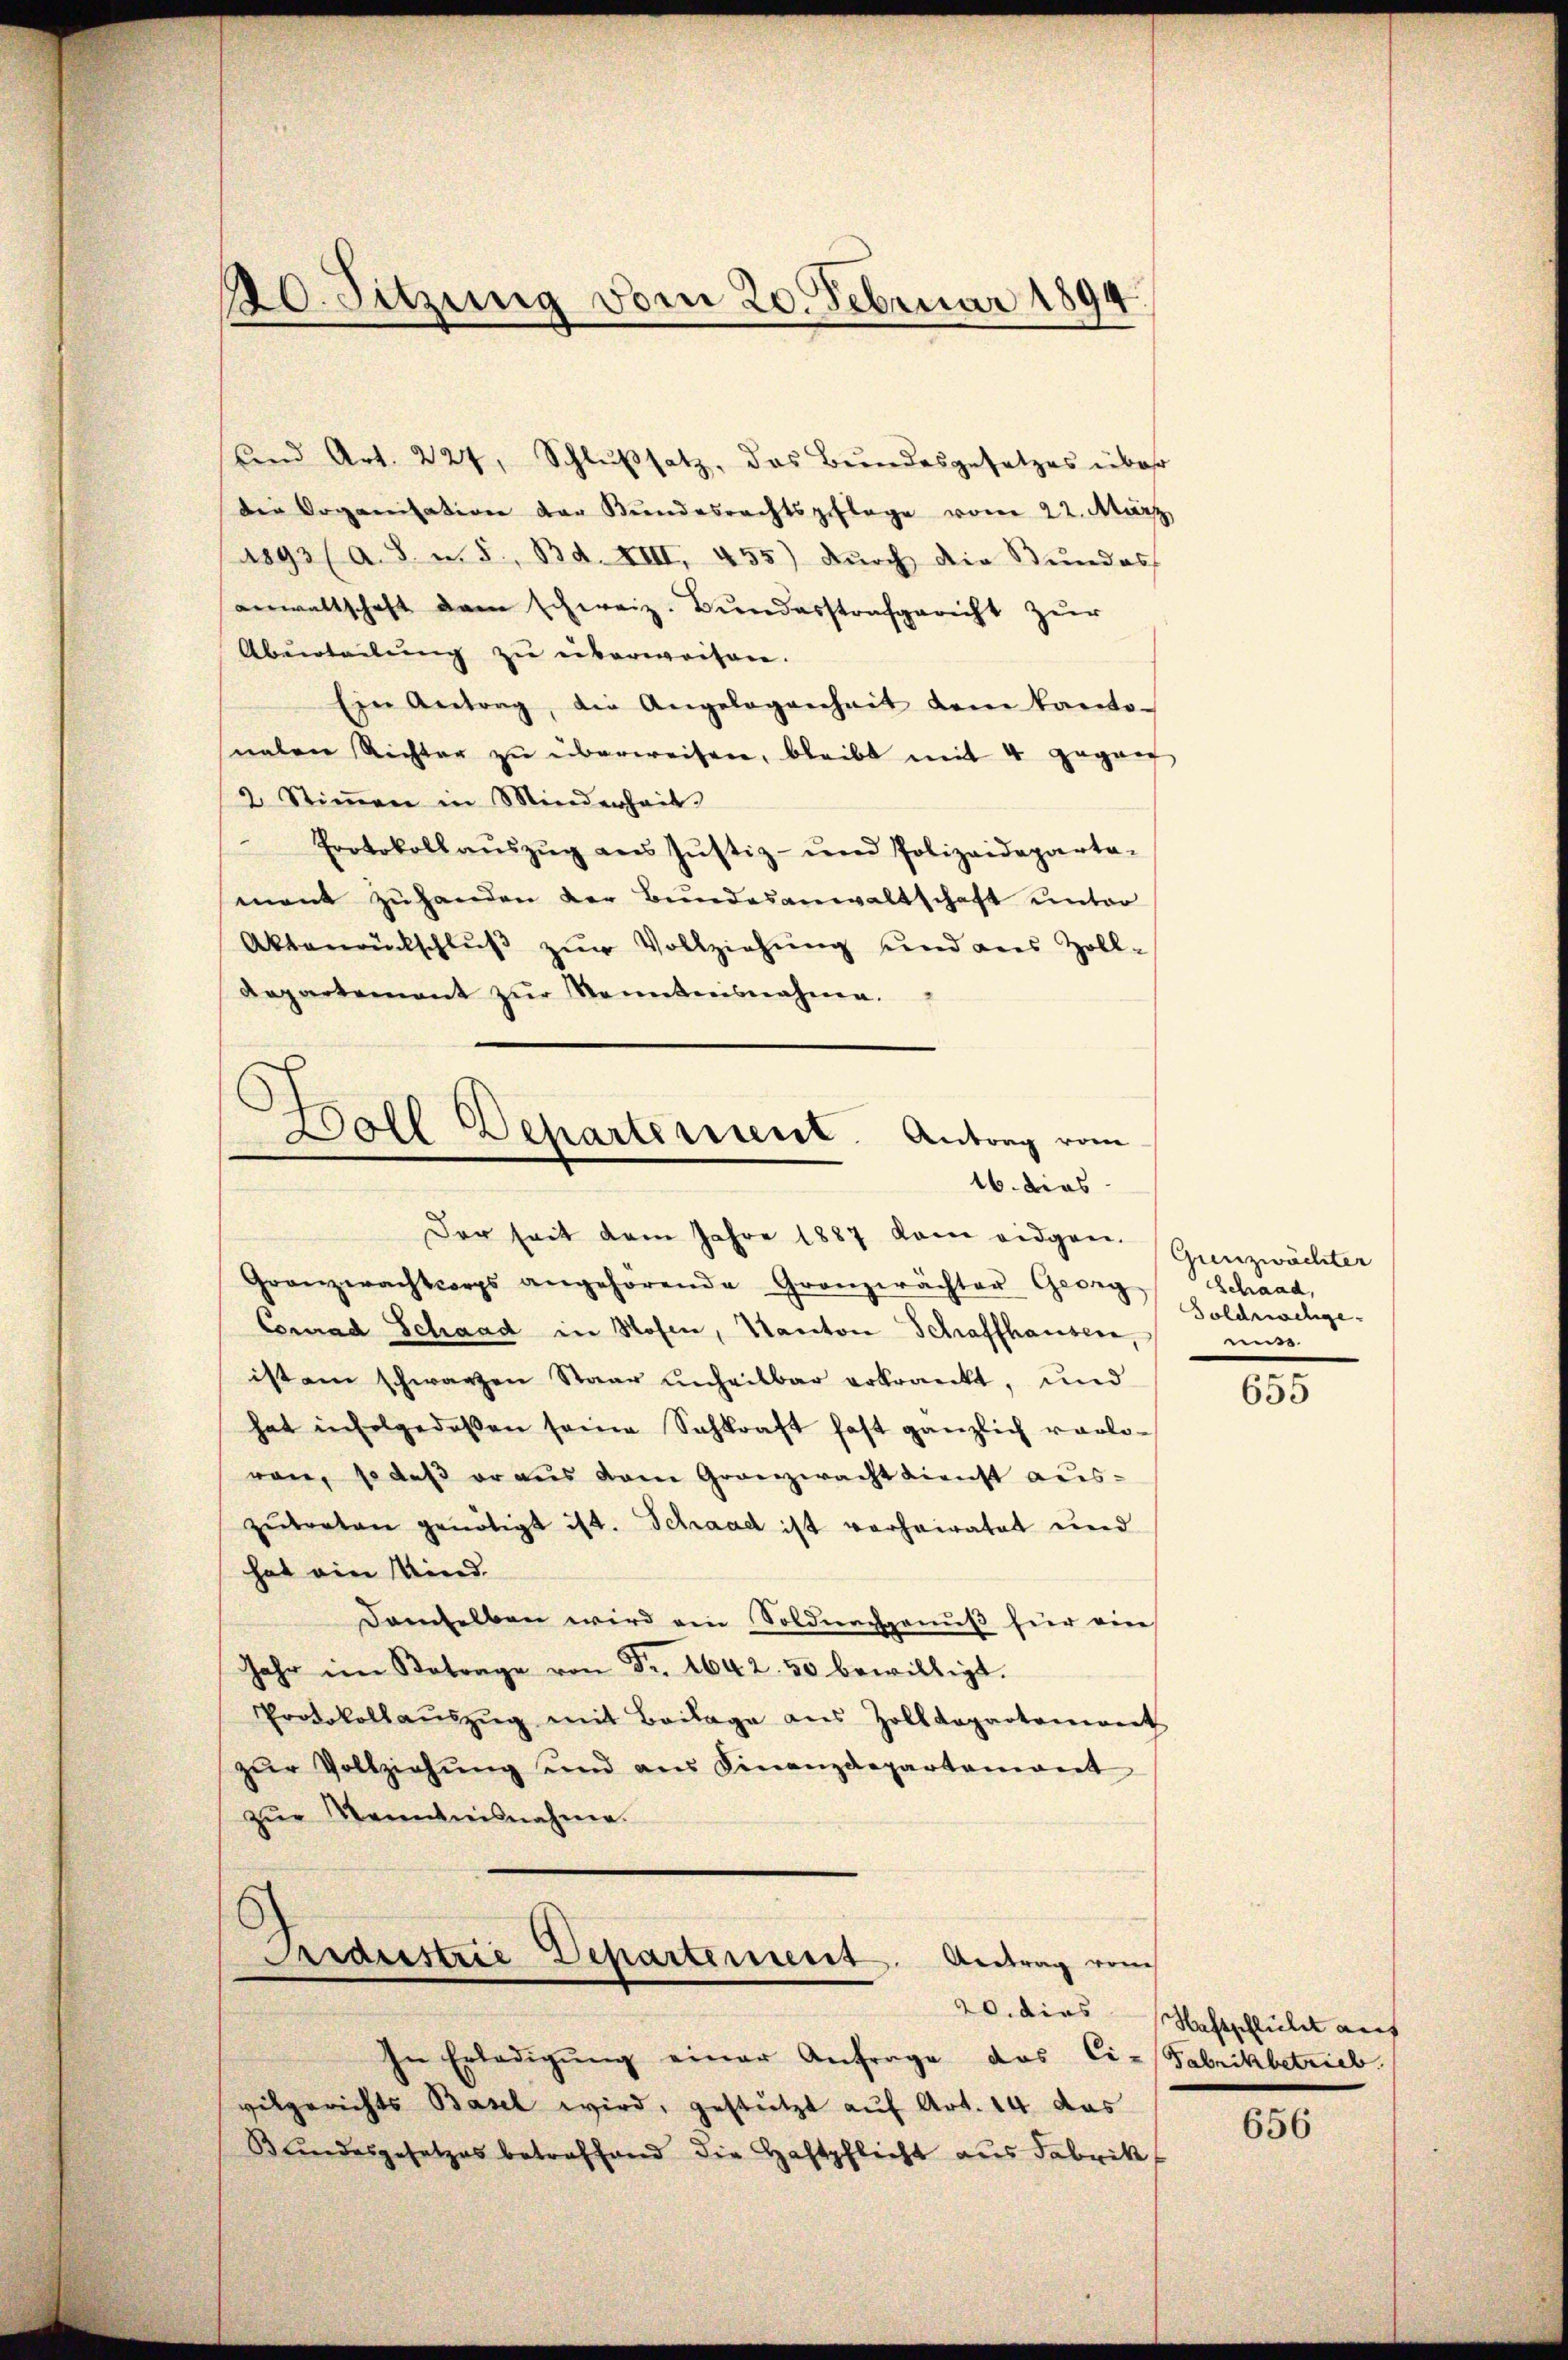
und Art. 224, Schlŭβsatz, das Bundesgesetzes über
die Organisation der Bŭndesrechtspflege vom 22. März
(1893 (a. S. u. 5, Bd. XIII, 455) Dŭrch die Bŭndes
anwaltschaft dem schweiz. Bundesstrafgericht zur
Abeteilung zu überweisen.
in Antrag, die Angelegenheit dem kanto-
nalen Richter zŭ überweisen, bleibt mit 4 gegan
2 Stiṁen in Minderheit.
Protokoll aŭszŭg ans Jŭstiz- und Polizeideparta-
mant zŭ handen der Bundesanwaltschaft unter
Aktenrentschlŭβ zŭr Vollziehŭng und aus Zoll-
Aepartement zur Kenntnisnahme.
Boll Departement. Antrag vom
16. dies

20. Sitzung vom 20. Februar 1894

Der seit dem Jahre 1887 kam eidgen.

Granzwachtcorps angehörende Gronzerächter Georg Schaad,
Conrad Schaad in Hosen, Kanton Schaffhauser,
ist am schwarzen Staar unheilbar erkrankt, und
hat infolgedessen seine Sachkraft fast gänzlich vorloren, so daß er aus dem Granzwacht dienst aus-
zŭtreten genötigt ist. Schaad ist vorheiratet und
hat eine Kind.
damselben wird ein Soldnachgenuß für ein
Jahr im Betrage von Fr. 2642. 50 bewilligt.
Protokollaŭszŭg mit Beilage aus Zolldepartoniert
zŭr Vollziehŭng ŭnd aus Finanzdepartamant
zur Kenntnisnahme.
Kraustrie Departement. Antrag vom
In Erledigŭng einer Anfrage das Ci-Fabrikbetrieb.
vilgerichts Basel wird, gestützt auf Art. 14 das
Bŭndesgesetzes betreffend die Haftpflicht aŭs Fabrik

Grenzwächter
Soldnachgemiss
e

655

20. dies Nachtschlült auf

656